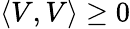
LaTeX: \left\langle V,V\right\rangle\geq 0